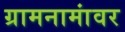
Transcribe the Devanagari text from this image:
ग्रामनामांवर